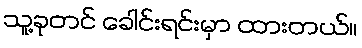
သူ့ခုတင် ခေါင်းရင်းမှာ ထားတယ်။